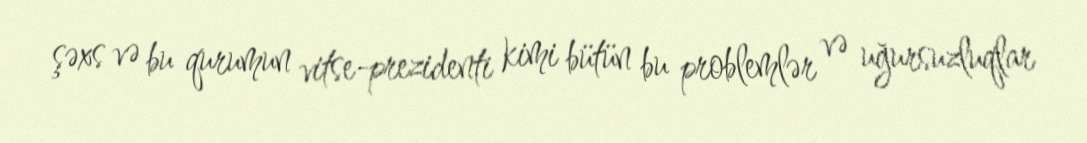
şəxs və bu qurumun vitse-prezidenti kimi bütün bu problemlər və uğursuzluqlar